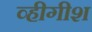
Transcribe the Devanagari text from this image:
व्हीगीश